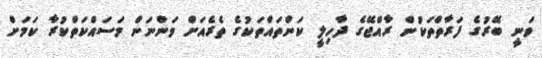
ވަނީ ބޭރުގެ ފަރާތްތަކުން ރާއްޖޭގެ ދާހިލީ ކަންތައްތަކުގެ ތެރެއަށް ވަންނަން މަސައްކަތްކުރާ ކަމަށް